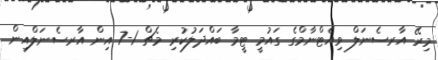
މިރޭ އާރސެނަލް ވިއެޓްނާމްގެ ގައުމީ ޓީމާ ބައްދަލުކުރި މެޗް 1-7 އިން އާރސެނަލްއިން